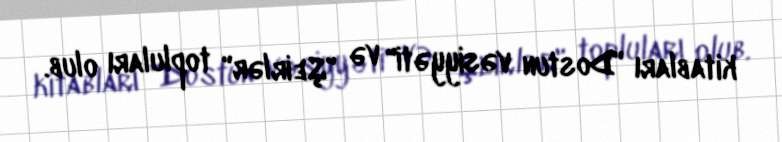
kitabları "Dostun vəsiyyəti" və "Şeirlər" topluları olub.